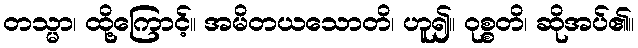
တသ္မာ၊ ထို့ကြောင့်။ အမိတယသောတိ၊ ဟူ၍။ ဝုစ္စတိ၊ ဆိုအပ်၏။